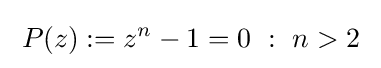
\;P(z):=z^{n}-1=0~:~n>2\;